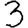
Digit: 3